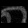
Digit: ၈